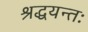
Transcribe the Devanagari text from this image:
श्रद्धयन्तः